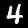
Digit: 4